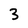
Character: 3